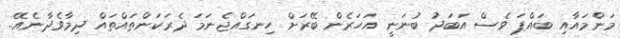
މަންމައާއި ބައްޕަ ވެސް އަބަދު ބުނަނީ އަހަރެން ބޭރަށް ހިނގައްޖެނަމަ ދެރަކަންތައްތައް ދިމާވެދާނެއޭ..